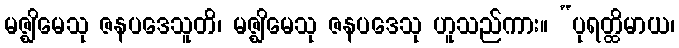
မဇ္ဈိမေသု ဇနပဒေသူတိ၊ မဇ္ဈိမေသု ဇနပဒေသု ဟူသည်ကား။ “ပုရတ္ထိမာယ၊